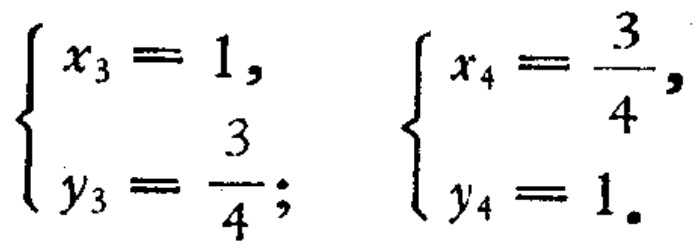
$\left\{\begin{array}{l}x_{3}=1,\\y_{3}=\dfrac{3}{4};\end{array}\right. \left\{\begin{array}{l}x_{4}=\dfrac{3}{4},\\y_{4}=1.\end{array}\right.$